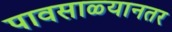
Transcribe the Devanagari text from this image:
पावसाळ्यानतर